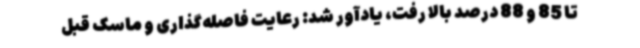
تا 85 و 88 درصد بالا رفت، یادآور شد: رعایت فاصله‌گذاری و ماسک قبل